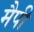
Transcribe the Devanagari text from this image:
मैपी